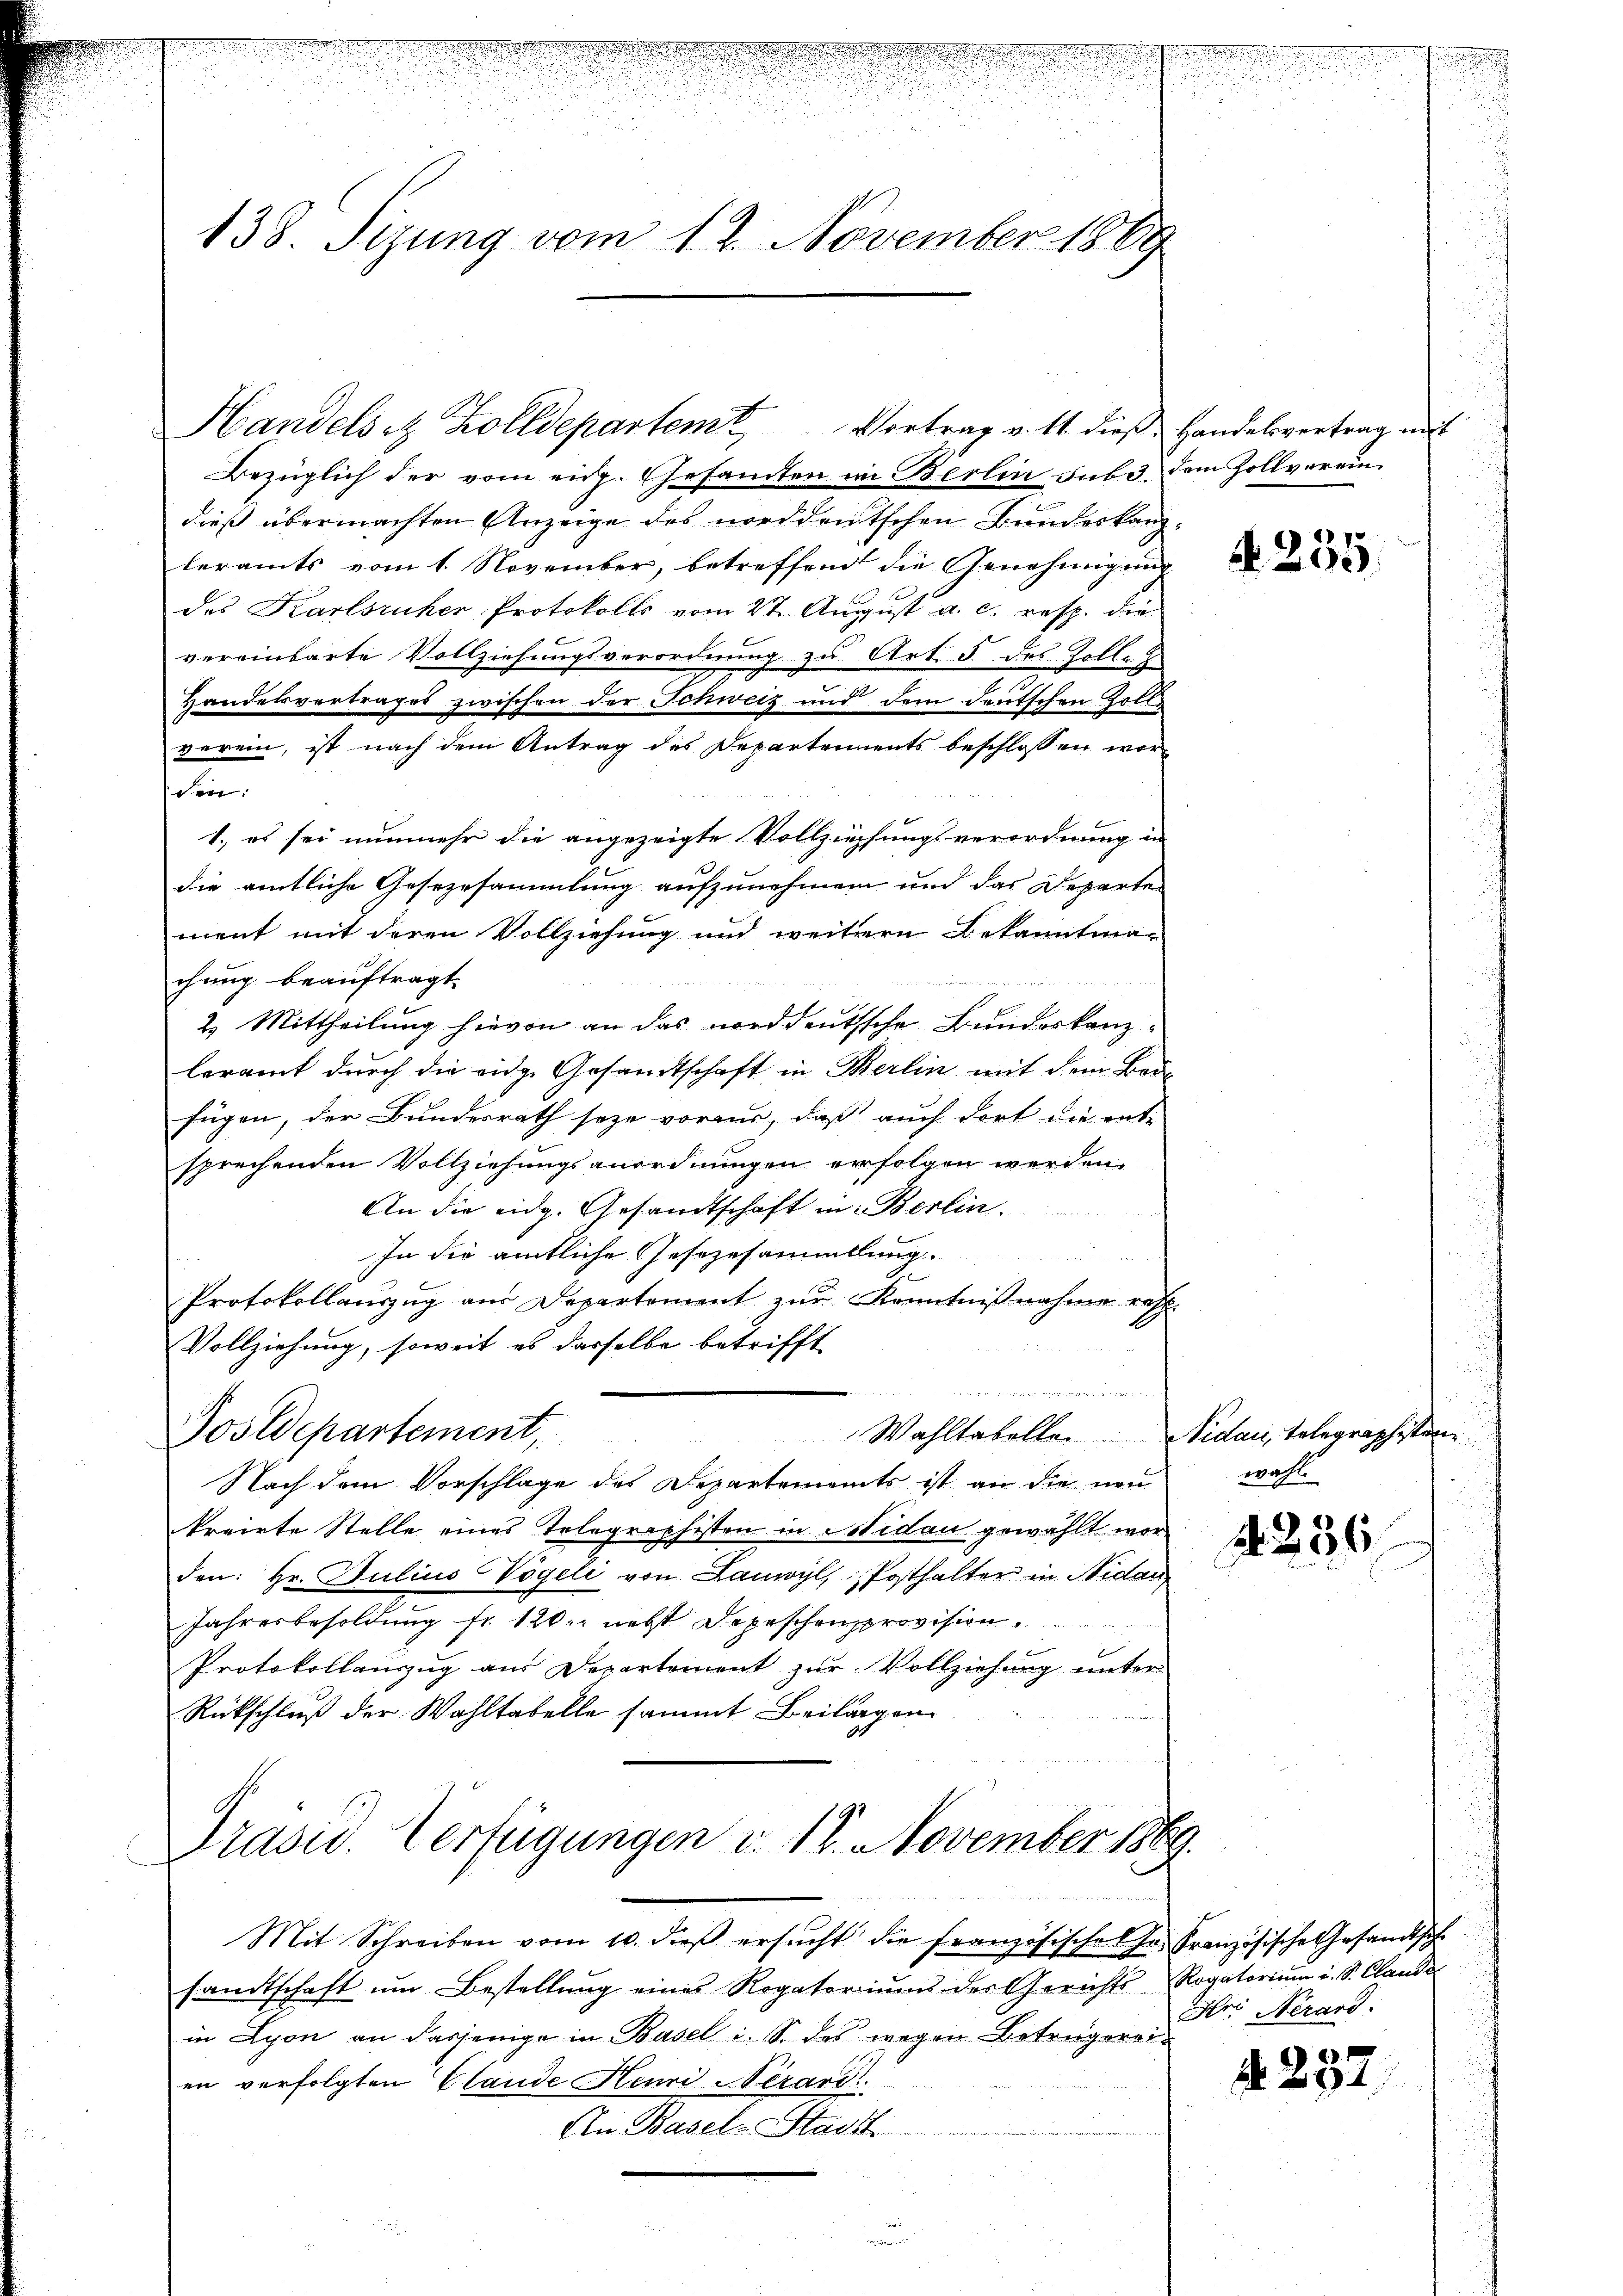
d

138. Sizung vom 12. November 1869

Bezüglich der vom eidg. Gesandten in Berlin sub 3. dem Zollvereindieß übermachten Anzeige des norddeutschen Bundeskanzteramts vom 1. November, betreffend die Genehmigung
des Karlsruher Protokolls vom 27. August a. c. resp. die
vereinbarte Vollziehungsverordnung zu Art. 5 des Zolle
Handelsvertrages zwischen der Schweiz und dem deutschen Zollverein, ist nach dem Antrag des Departements beschlossen wor-
en:
1., es sei nunmehr die angezeigte Vollziehungsverordnung in
die amtliche Gesezesammlung aufzunehmen und das Departe
ment mit deren Vollziehung und weitere Bekanntma-
chung beauftragt.
2. Mittheilung hievon an das norddeutsche Bundeskanzleramt durch die eidg. Gesandtschaft in Berlin mit dem Bei-
fügen, der Bundesrath seye voraus, daß auch dort die ent-
sprechenden Vollziehungsanordnungen erfolgen werden.
An die eidg. Gesandtschaft in Berlin.
In die amtliche Gesezesammlung.
i
Protokollauszug aus Departement zur Kenntnißnahme rest.
Vollziehung, soweit es derselbe betrifft
Wahltabelle. Nidau, Telegraphistern
Postdepartement,
Nach dem Vorschlage des Departements ist an die neu
treirte Stelle eines Telegraphisten in Nidau gewählt worden: Hr. Julius Vögeli von Lanwyl, Posthalter in Nidau
Jahresbesoldung fr. 120. nebst Depeschenprovision
Protokollanzŭg aŭs Departement zŭr Vollziehŭng ŭnter
Rückschluß der Wahltabelle sammt Beilagen
Präsid. Verfügungen v. 18. November 1869.

Handelsitz Zolldepartemt Vortrag v. 11. dieß Handelsvertrag mit

Mit Schreiben vom 10. dieß ersŭcht die französische Hr. Französische Gesandtsche
sandtschaft ŭm Bestellŭng eines Rogatoriums der Gerichts Rogatoriŭm i. S. Claude
in Lyon an dasjenige in Basel i. S. des wegen Betrugereien verfolgten Claude Henri Nerand
An Basel-Stadtt

A.235

wahl

2236

d. 287.

Hri Nerand.